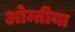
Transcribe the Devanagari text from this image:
ओम्तीया